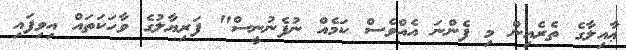
ޢާއިލާގެ ތެރެއިން މި ފެންނަ އެއްވެސް ކަމެއް ނުފެނުނީސް" ފަރިޔާލުގެ ވާހަކަތައް އިވިފައި